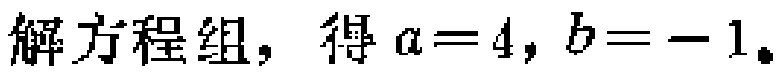
解方程组，得 \(a = 4, b = -1\)。